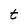
Character: t